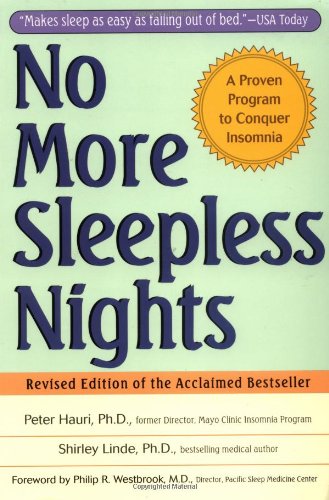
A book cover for No More Sleepless Nights; Peter Hauri; Self-Help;